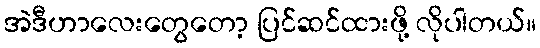
အဲဒီဟာလေးတွေတော့ ပြင်ဆင်ထားဖို့ လိုပါတယ်။